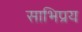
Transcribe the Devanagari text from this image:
साभिप्रय